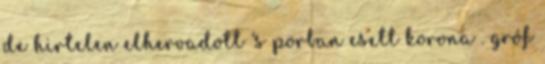
de hirtelen elhervadott 's porban esett korona . gróf